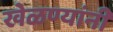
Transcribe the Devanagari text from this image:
खेळण्यांनी